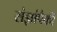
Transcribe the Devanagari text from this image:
संज्ञांपैकी